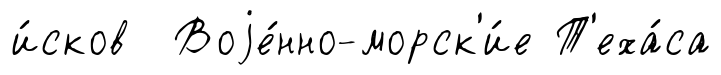
и́сков Воjе́нно-морск'и́е Т'еха́са